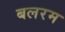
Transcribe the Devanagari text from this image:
बलरम